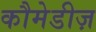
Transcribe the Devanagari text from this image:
कौमेडीज़